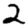
Digit: 2